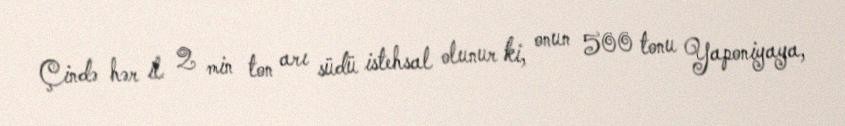
Çində hər il 2 min ton arı südü istehsal olunur ki, onun 500 tonu Yaponiyaya,